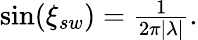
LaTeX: \begin{array}{r}{\sin(\xi_{sw})=\frac{1}{2\pi|\lambda|}.}\end{array}